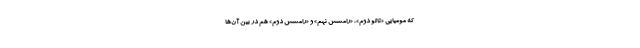
که مومیایی «تائو دوم»، «رامسس نهم» و «رامسس دوم» هم در بین آن‌ها